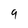
Character: 9